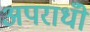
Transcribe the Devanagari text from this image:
अपराधोँ